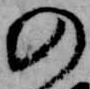
の